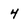
Character: 4